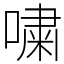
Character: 嘨